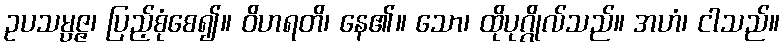
ဥပသမ္ပဇ္ဇ၊ ပြည့်စုံစေ၍။ ဝိဟရတိ၊ နေ၏။ သော၊ ထိုပုဂ္ဂိုလ်သည်။ အဟံ၊ ငါသည်။